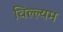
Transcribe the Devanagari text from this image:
विल्ल्यम